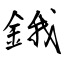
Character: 鋨